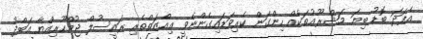
އެފަދަ ބޮޑު ބިޔަ މަޝްރޫޢުތަކެއް ހިންގަން ކެރިވަޑައިގެންނެވީ ޢިއްޒަތްތެރި ރައީސުލް ޖުމްހޫރިއްޔާ އަބްދު